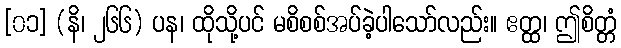
[၀၁] (နိ၊ ၂၆၆) ပန၊ ထိုသို့ပင် မစိစစ်အပ်ခဲ့ပါသော်လည်း။ ဧတ္ထ၊ ဤစိတ္တံ